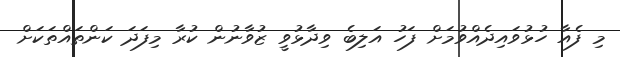
މި ފެއާ ހުޅުވައިދެއްވުމަށް ފަހު އަލިބެ ވިދާޅުވީ ޒުވާނުން ކުރާ މިފަދަ ކަންތައްތަކަށް